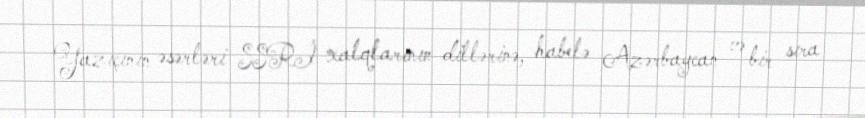
Yazıçının əsərləri SSRİ xalqlarının dillərinə, habelə Azərbaycan və bir sıra